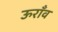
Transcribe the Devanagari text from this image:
ऊराँव